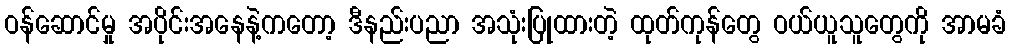
ဝန်ဆောင်မှု အပိုင်းအနေနဲ့ကတော့ ဒီနည်းပညာ အသုံးပြုထားတဲ့ ထုတ်ကုန်တွေ ဝယ်ယူသူတွေကို အာမခံ